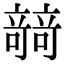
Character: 𥪼